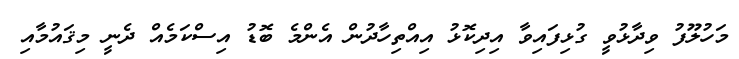
މަހުލޫފު ވިދާޅުވީ ގުޅިފައިވާ އިދިކޮޅު އިއްތިހާދުން އެންމެ ބޮޑު އިސްކަމެއް ދެނީ މިޤައުމާއި